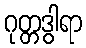
ဂုတ္တဒွါရာ